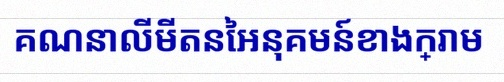
គណនាលីមីតនៃអនុគមន៍ខាងក្រោម